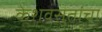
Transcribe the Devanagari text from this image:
केशवसुतांचा